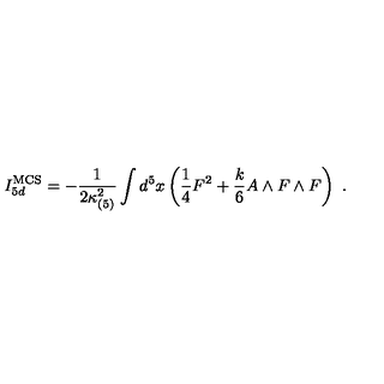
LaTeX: I _ { 5 d } ^ { \mathrm { M C S } } = - { \frac { 1 } { 2 \kappa _ { ( 5 ) } ^ { 2 } } } \int d ^ { 5 } x \left( { \frac { 1 } { 4 } } F ^ { 2 } + { \frac { k } { 6 } } A \wedge F \wedge F \right) \ .